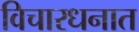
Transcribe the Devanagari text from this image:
विचारधनात